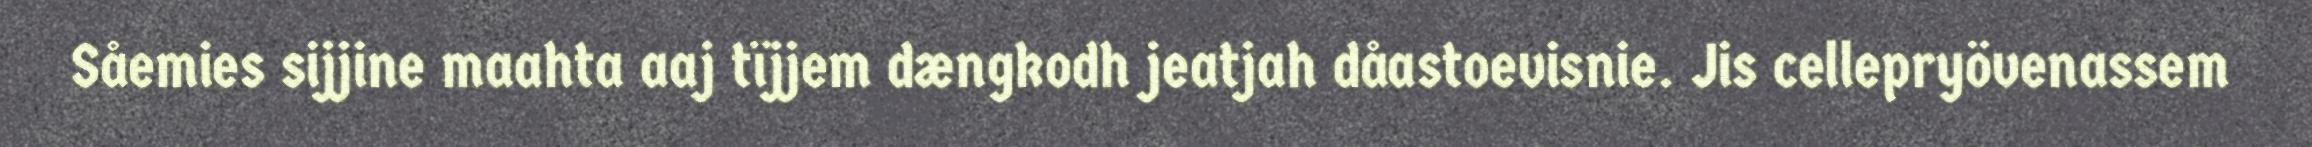
Såemies sijjine maahta aaj tïjjem dængkodh jeatjah dåastoevisnie. Jis cellepryövenassem